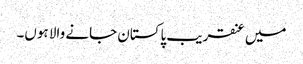
میں عنقریب پاکستان جانے والا ہوں۔